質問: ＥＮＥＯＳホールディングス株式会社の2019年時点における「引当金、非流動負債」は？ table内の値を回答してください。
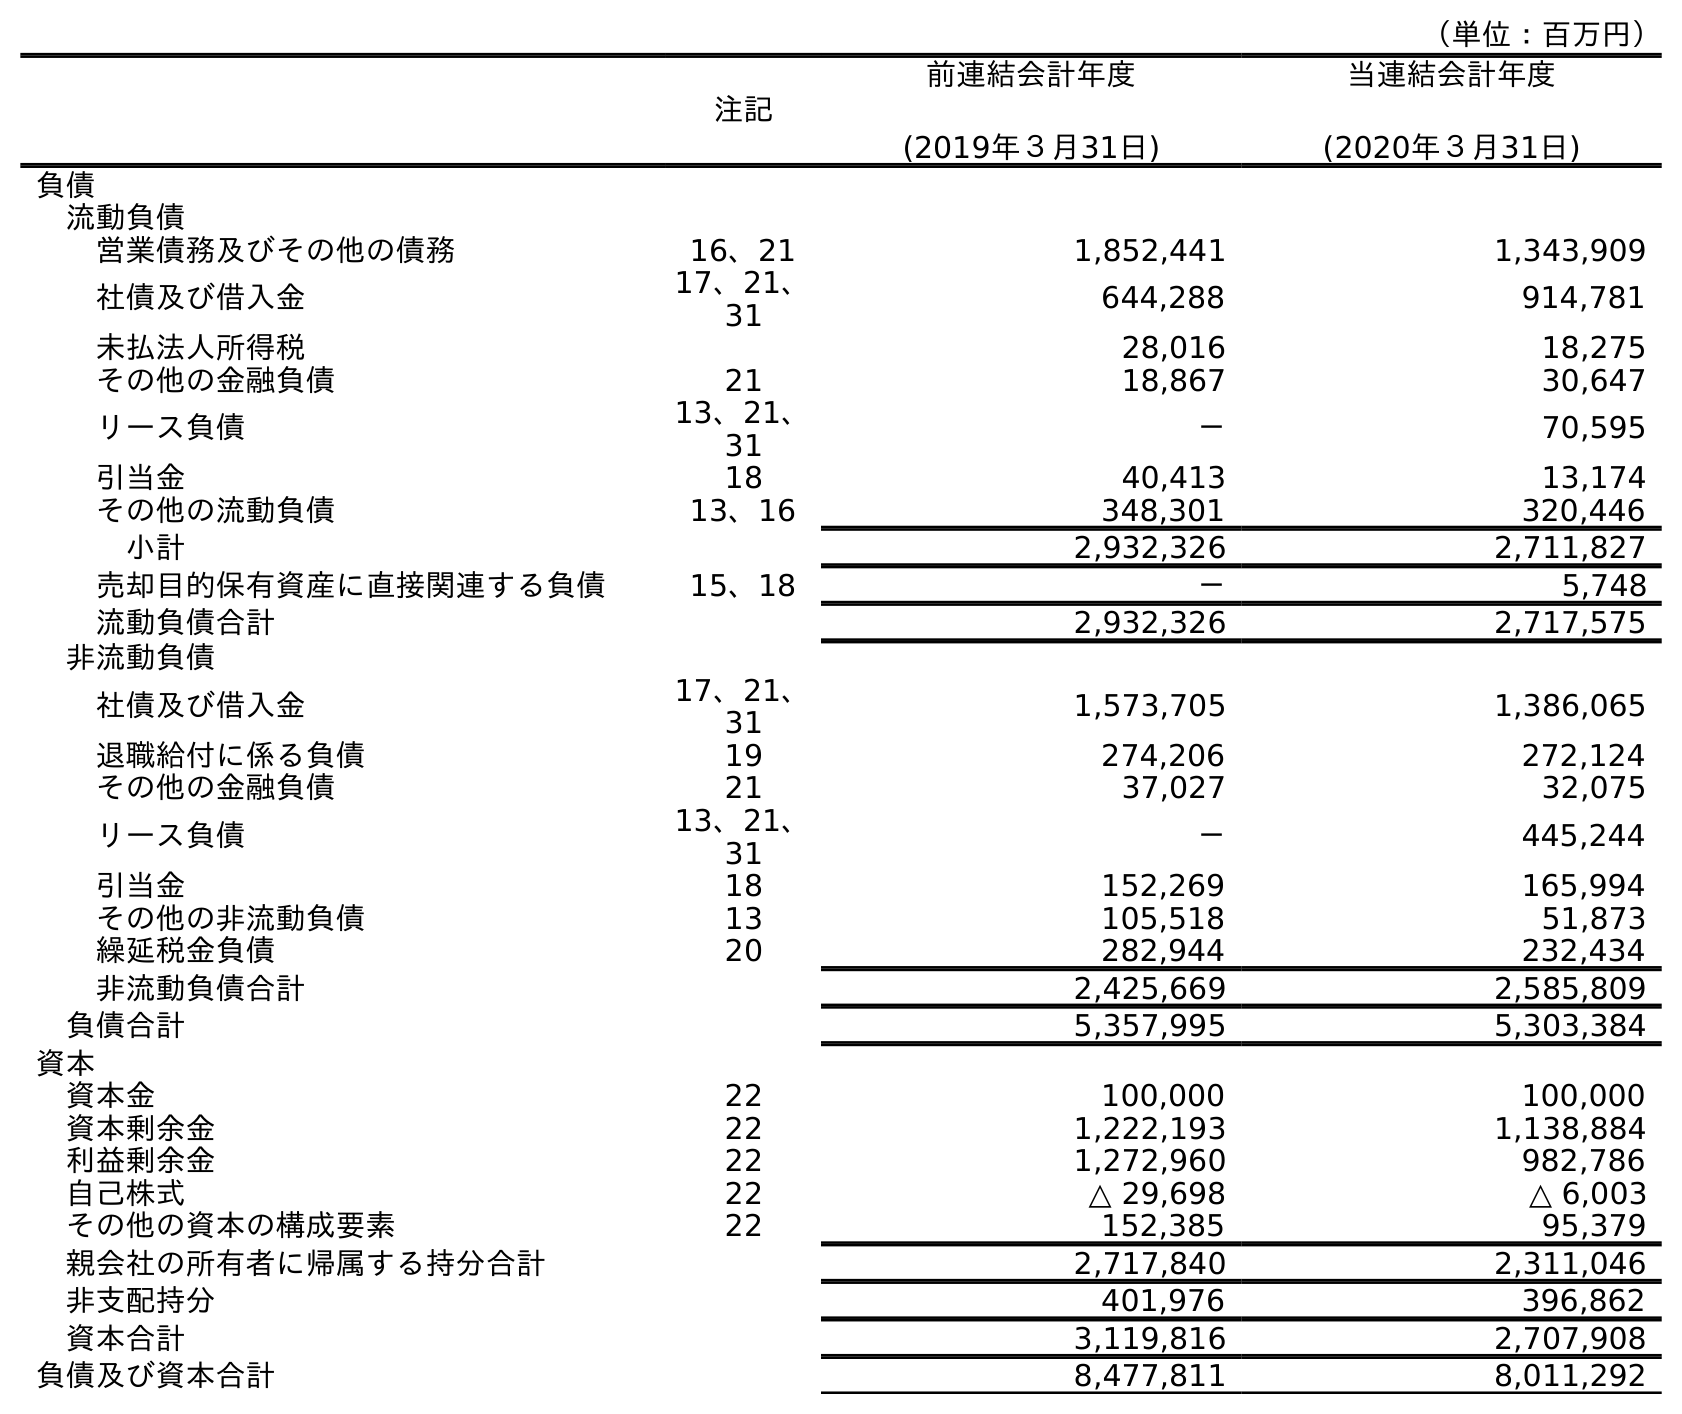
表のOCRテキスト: （単位：百万円） 注記 前連結会計年度 (2019年３月31日) 当連結会計年度 (2020年３月31日) 負債 流動負債 営業債務及びその他の債務 16、21 1,852,441 1,343,909 社債及び借入金 17、21、 31 644,288 914,781 未払法人所得税 28,016 18,275 その他の金融負債 21 18,867 30,647 リース負債 13、21、 31 － 70,595 引当金 18 40,413 13,174 その他の流動負債 13、16 348,301 320,446 小計 2,932,326 2,711,827 売却目的保有資産に直接関連する負債 15、18 － 5,748 流動負債合計 2,932,326 2,717,575 非流動負債 社債及び借入金 17、21、 31 1,573,705 1,386,065 退職給付に係る負債 19 274,206 272,124 その他の金融負債 21 37,027 32,075 リース負債 13、21、 31 － 445,244 引当金 18 152,269 165,994 その他の非流動負債 13 105,518 51,873 繰延税金負債 20 282,944 232,434 非流動負債合計 2,425,669 2,585,809 負債合計 5,357,995 5,303,384 資本 資本金 22 100,000 100,000 資本剰余金 22 1,222,193 1,138,884 利益剰余金 22 1,272,960 982,786 自己株式 22 △ 29,698 △ 6,003 その他の資本の構成要素 22 152,385 95,379 親会社の所有者に帰属する持分合計 2,717,840 2,311,046 非支配持分 401,976 396,862 資本合計 3,119,816 2,707,908 負債及び資本合計 8,477,811 8,011,292
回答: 152,269